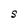
Character: S